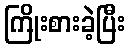
ကြိုးစားခဲ့ပြီး